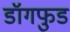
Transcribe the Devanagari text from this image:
डॉगफुड